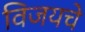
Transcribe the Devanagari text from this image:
विजयचे